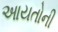
આયતોની